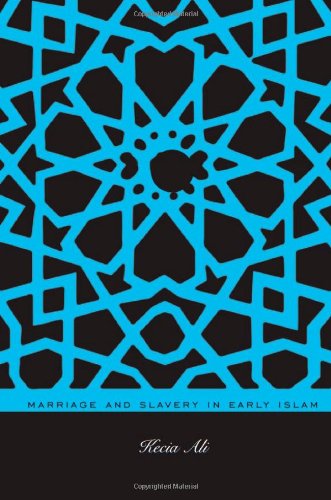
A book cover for Marriage and Slavery in Early Islam; Kecia Ali; Religion & Spirituality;